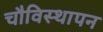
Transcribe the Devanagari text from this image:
चौविस्थापन